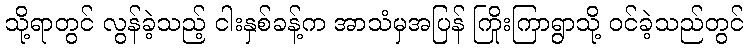
သို့ရာတွင် လွန်ခဲ့သည့် ငါးနှစ်ခန့်က အာသံမှအပြန် ကြိုးကြာရွာသို့ ဝင်ခဲ့သည်တွင်